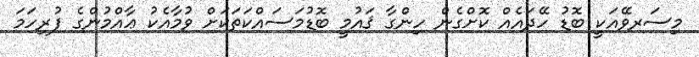
މިސަރވޭއަކީ ބޮޑު ހޭދައެއް ކޮށްގެން ހިންގާ ޤައުމީ ބޮޑުމަސައްކަތަކަށް ވުމާއެކު ޢާއްމުންގެ ފުރިހަމަ